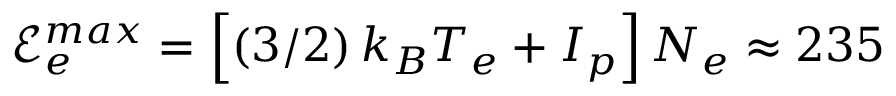
\mathcal { E } _ { e } ^ { m a x } = \left[ \left( 3 / 2 \right) k _ { B } T _ { e } + I _ { p } \right] N _ { e } \approx 2 3 5